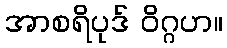
အာစရိပုဒ် ဝိဂ္ဂဟ။